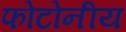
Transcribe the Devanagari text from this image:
फोटोनीय